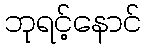
ဘုရင့်နောင်